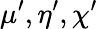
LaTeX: \mu^{\prime},\eta^{\prime},\chi^{\prime}